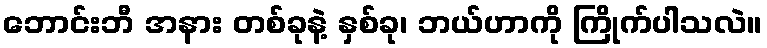
ဘောင်းဘီ အနား တစ်ခုနဲ့ နှစ်ခု၊ ဘယ်ဟာကို ကြိုက်ပါသလဲ။